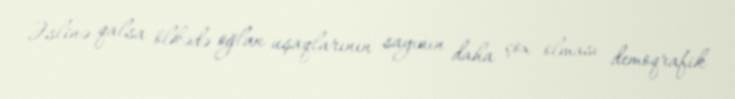
Əslinə qalsa ölkədə oğlan uşaqlarının sayının daha çox olması demoqrafik